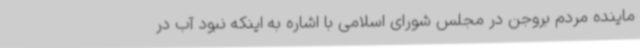
ماینده مردم بروجن در مجلس شورای اسلامی با اشاره به اینکه نبود آب در